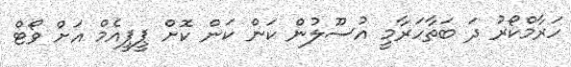
ހަރާމްކޯރު ދަ ބަތާހަރާމީ އުސޫލުން ކަން ކަން ކޮށް ޕީޕީއެމް އަށް ވޯޓް